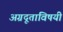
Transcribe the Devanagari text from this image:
अग्रदूताविषयी